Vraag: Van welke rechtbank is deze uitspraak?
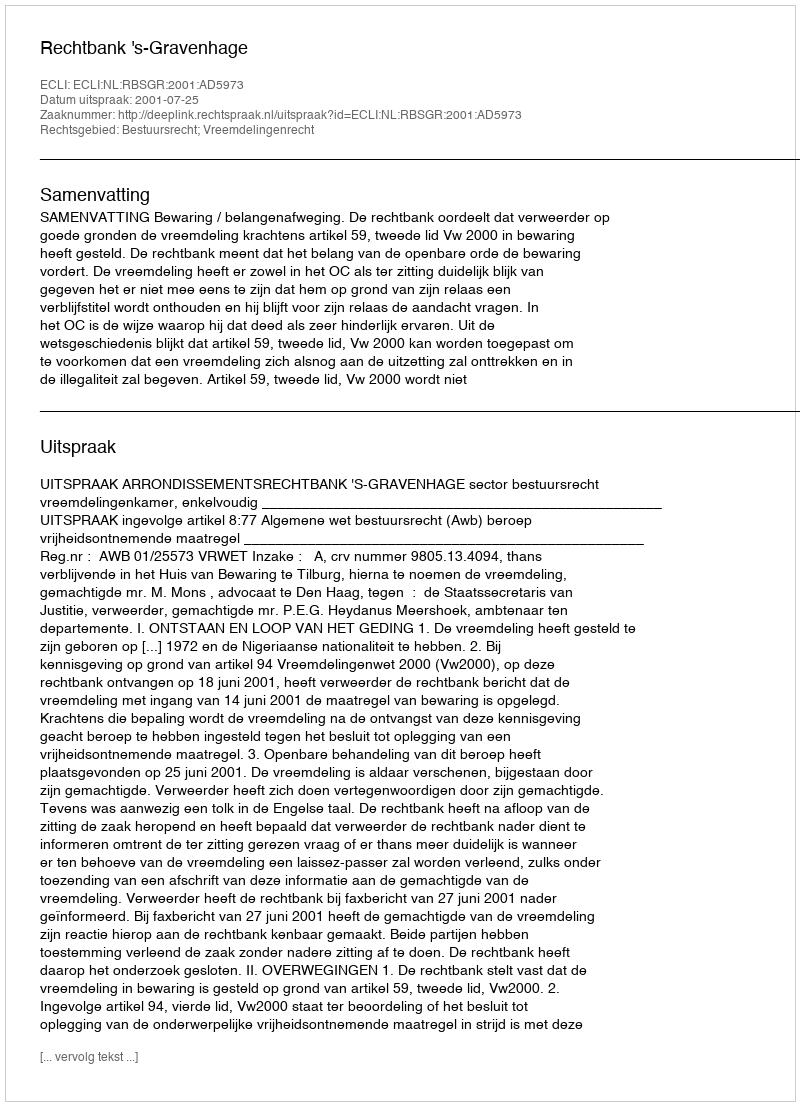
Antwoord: Rechtbank 's-Gravenhage